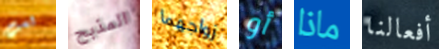
لست المذبح زواجهما أو ماذا أفعالنا